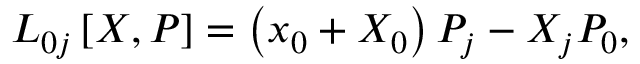
L _ { 0 j } \left[ X , P \right] = \left( x _ { 0 } + X _ { 0 } \right) P _ { j } - X _ { j } P _ { 0 } ,